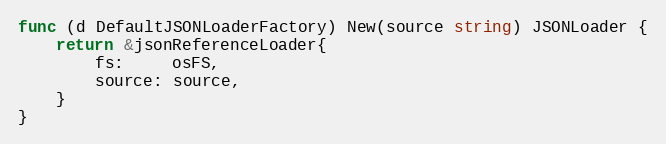
Language: Go
func (d DefaultJSONLoaderFactory) New(source string) JSONLoader {
	return &jsonReferenceLoader{
		fs:     osFS,
		source: source,
	}
}